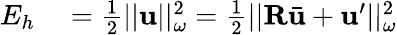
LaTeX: \begin{array}{rl}{E_{h}}&{{}=\frac{1}{2}||\mathbf{u}||_{\omega}^{2}=\frac{1}{2}||\mathbf{R}\bar{\mathbf{u}}+\mathbf{u}^{\prime}||_{\omega}^{2}}\end{array}